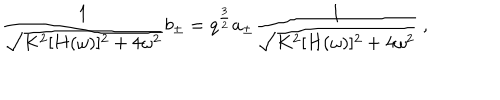
LaTeX: { \frac { 1 } { \sqrt { K ^ { 2 } [ H ( \omega ) ] ^ { 2 } + 4 \omega ^ { 2 } } } } b _ { \pm } = q ^ { \frac { 3 } { 2 } } a _ { \pm } { \frac { 1 } { \sqrt { K ^ { 2 } [ H ( \omega ) ] ^ { 2 } + 4 \omega ^ { 2 } } } } \ ,